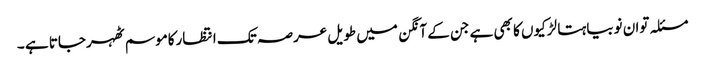
مسئلہ توان نوبیاہتا لڑکیوں کا بھی ہے جن کے آنگن میں طویل عرصہ تک انتظارکاموسم ٹھہرجاتا ہے ۔